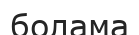
болама